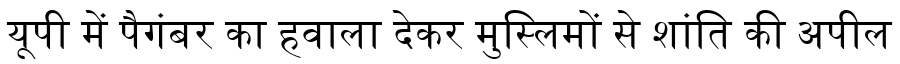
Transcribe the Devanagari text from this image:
यूपी में पैगंबर का हवाला देकर मुस्लिमों से शांति की अपील